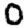
Digit: 0